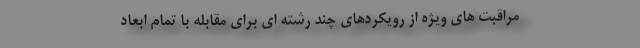
مراقبت های ویژه از رویکردهای چند رشته ای برای مقابله با تمام ابعاد